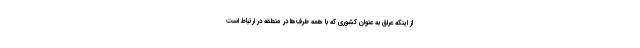
از اینکه عراق به عنوان کشوری که با همه طرف‌ها در منطقه در ارتباط است